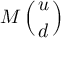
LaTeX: M \left( { u \atop d } \right)